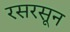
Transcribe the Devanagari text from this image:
रसरसून